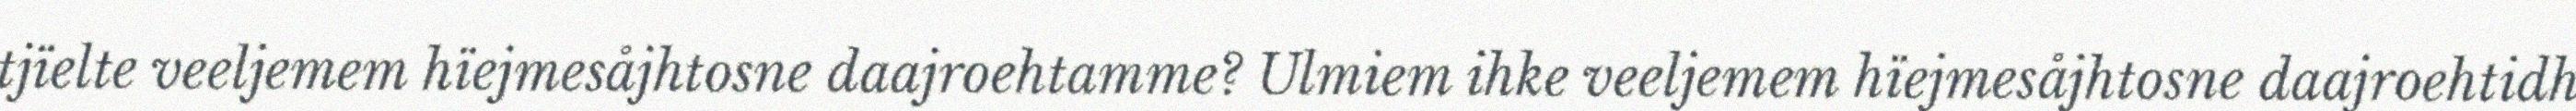
tjïelte veeljemem hïejmesåjhtosne daajroehtamme? Ulmiem ihke veeljemem hïejmesåjhtosne daajroehtidh